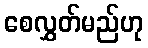
စေလွှတ်မည်ဟု